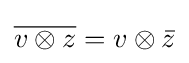
{\overline {v\otimes z}}=v\otimes {\bar {z}}